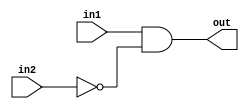
// This program was cloned from: https://github.com/viduraakalanka/HDL-Bits-Solutions
// License: The Unlicense

module top_module (
    input in1,
    input in2,
    output out);
	assign out = in1&&~in2;
endmodule